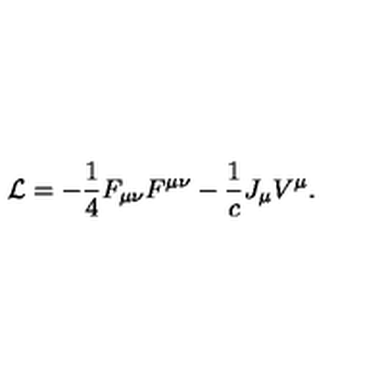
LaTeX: { \cal L } = - { \frac { 1 } { 4 } } F _ { \mu \nu } F ^ { \mu \nu } - { \frac { 1 } { c } } J _ { \mu } V ^ { \mu } .